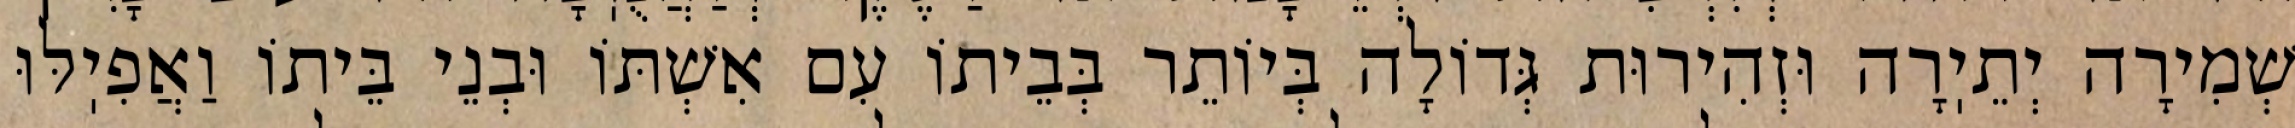
שְׁמִירָה יְתֵיֽרָה וּזְהִירוּת גְּדוֹלָה בְּיוֹתֵר בְּבֵיתוֹ עִם אִשְׁתּוֹ וּבְנֵי בֵּיתוֹ וַאֲפִיֽלּוּ